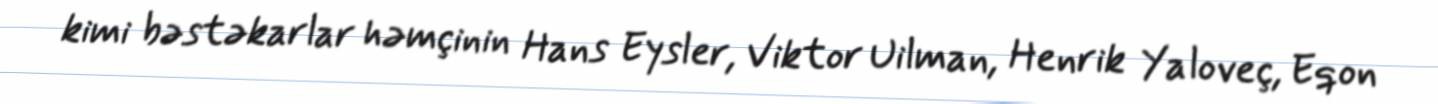
kimi bəstəkarlar həmçinin Hans Eysler, Viktor Uilman, Henrik Yaloveç, Eqon